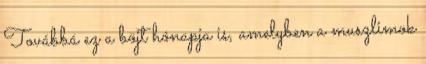
Továbbá ez a böjt hónapja is, amelyben a muszlimok